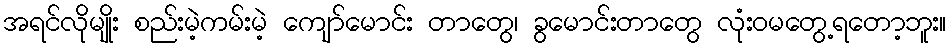
အရင်လိုမျိုး စည်းမဲ့ကမ်းမဲ့ ကျော်မောင်း တာတွေ၊ ခွမောင်းတာတွေ လုံးဝမတွေ့ရတော့ဘူး။